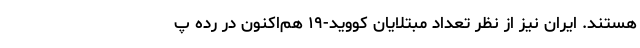
هستند. ایران نیز از نظر تعداد مبتلایان کووید-۱۹ هم‌اکنون در رده پ